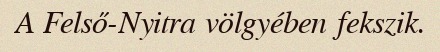
A Felső-Nyitra völgyében fekszik.